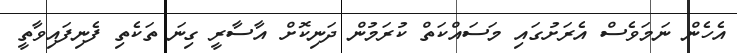
އެހެން ނަމަވެސް އެރަށުގައި މަސައްކަތް ކުރަމުން ދަނިކޮށް އާސާރީ ގިނަ ތަކެތި ފެނިފައިވާތީ